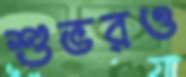
শুভরও